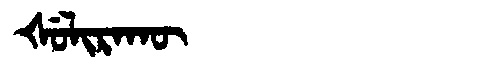
Manchu: ᡧᡠᠯᡳᡵᠠᡴᡡ
Romanization: ŠULIRAKŪ